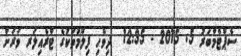
ސެޕްޓެމްބަރު 5